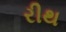
રીથ